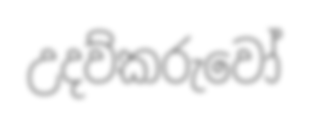
උදව්කරුවෝ